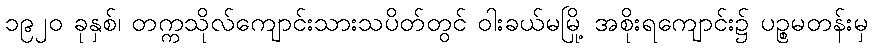
၁၉၂၀ ခုနှစ်၊ တက္ကသိုလ်ကျောင်းသားသပိတ်တွင် ဝါးခယ်မမြို့ အစိုးရကျောင်း၌ ပဉ္စမတန်းမှ